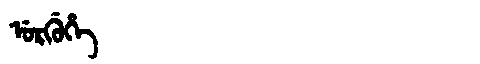
Manchu: ᡠᡵᡤᡠᡥᡝ
Romanization: URGUHE